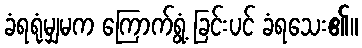
ခံရရုံမျှမက ကြောက်ရွံ့ ခြင်းပင် ခံရသေး၏။